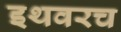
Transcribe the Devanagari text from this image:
इथवरच